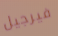
فيرجيل